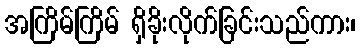
အကြိမ်ကြိမ် ရှိခိုးလိုက်ခြင်းသည်ကား၊